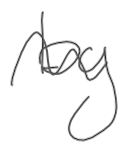
Text: by
Cross-out: wave
Writing tool: digital_gray